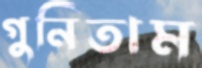
গুনিতাম